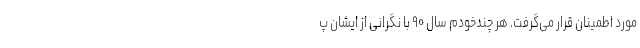
مورد اطمینان قرار می‌گرفت. هر چندخودم سال ۹۰ با نگرانی از ایشان پ